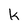
Character: k